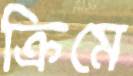
ক্রিমে